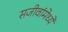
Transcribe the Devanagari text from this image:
सजीवांमेध्ये